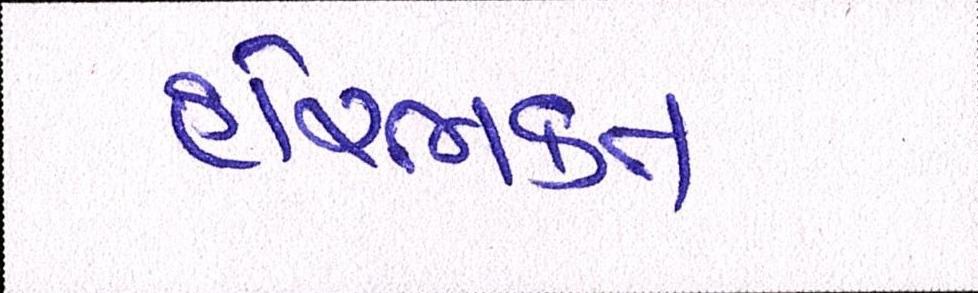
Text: હરિભકત